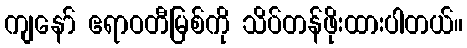
ကျနော် ဧရာဝတီမြစ်ကို သိပ်တန်ဖိုးထားပါတယ်။